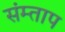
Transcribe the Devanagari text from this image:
संम्ताप